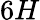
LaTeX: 6H